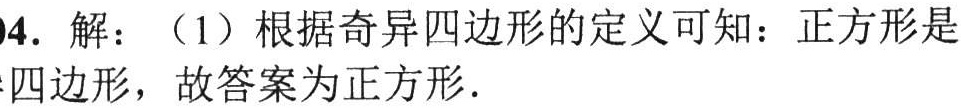
04. 解：（1）根据奇异四边形的定义可知：正方形是
四边形，故答案为正方形.